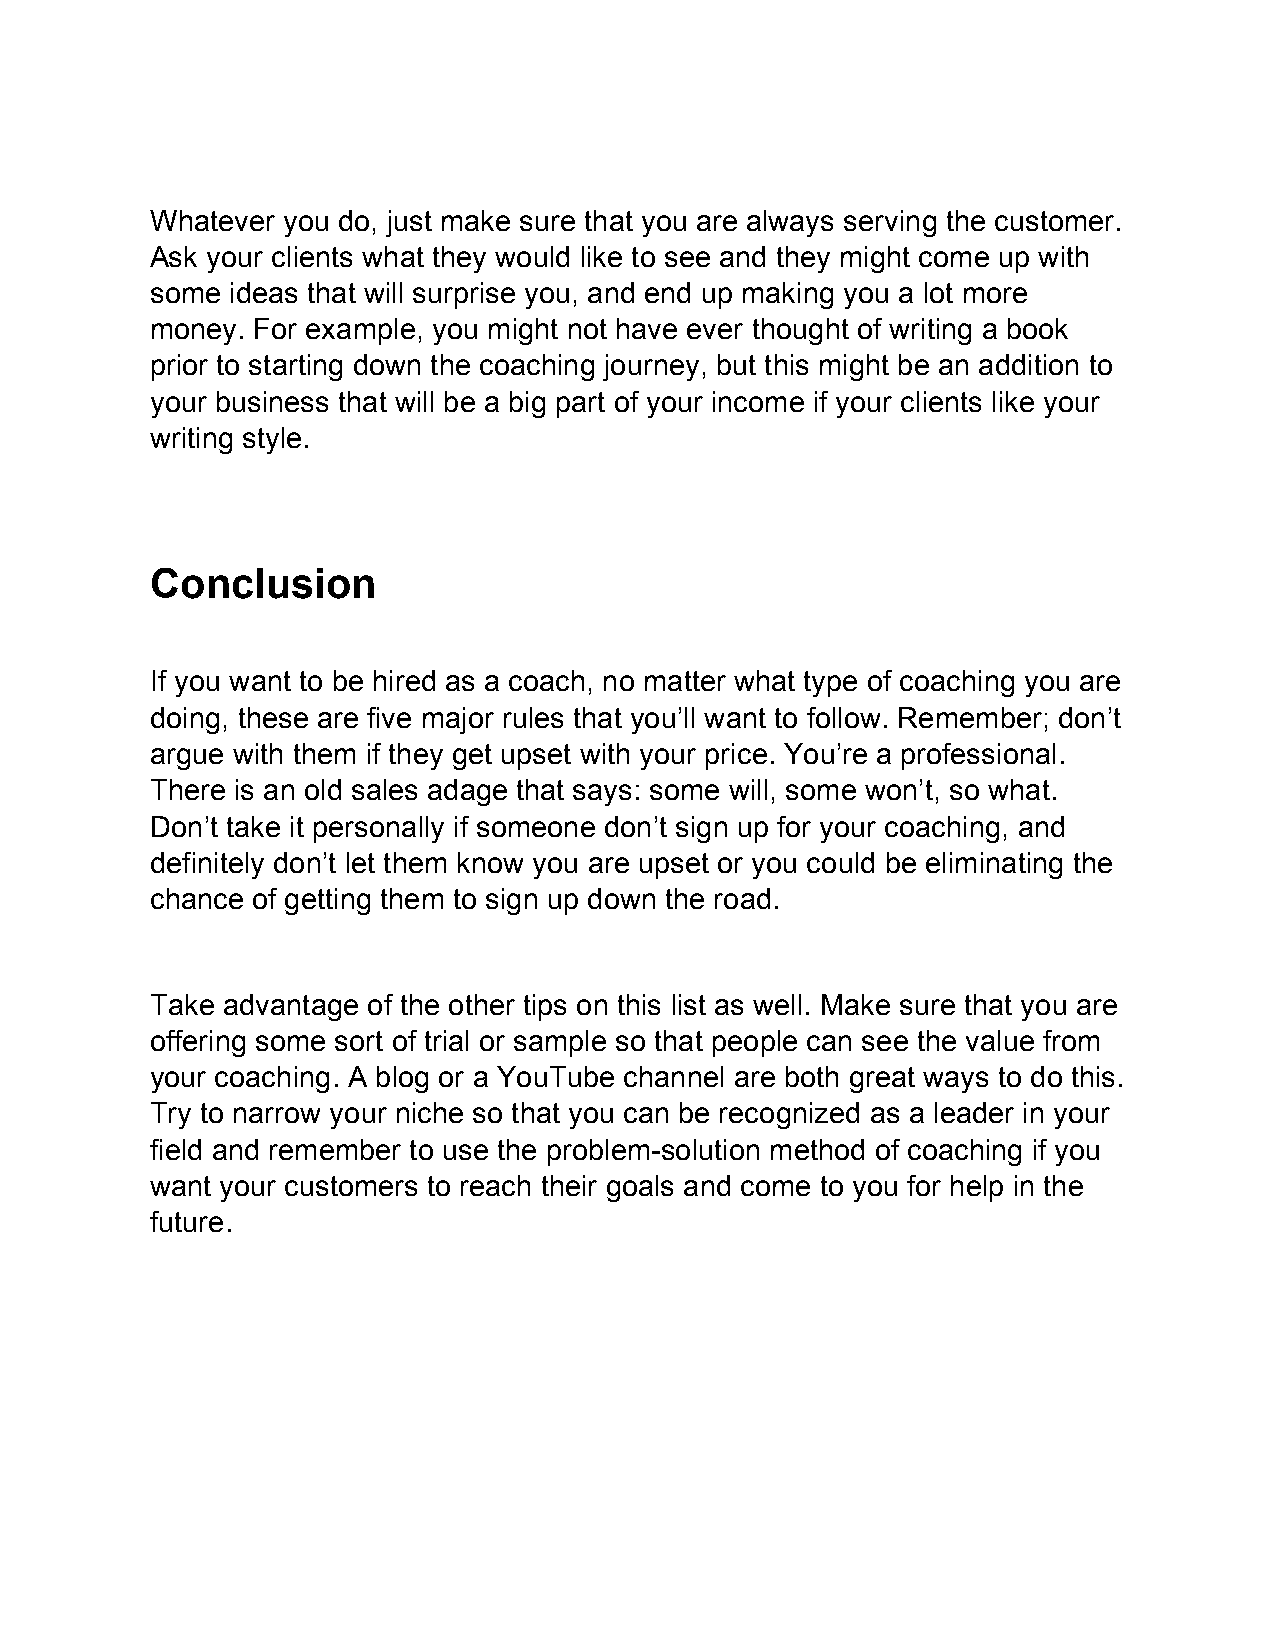
Whatever you do, just make sure that you are always serving the customer.
 Ask your clients what they would like to see and they might come up with
 some ideas that will surprise you, and end up making you a lot more
 money. For example, you might not have ever thought of writing a book
 prior to starting down the coaching journey, but this might be an addition to
 your business that will be a big part of your income if your clients like your
 writing style.
 Conclusion
 If you want to be hired as a coach, no matter what type of coaching you are
 doing, these are five major rules that you’ll want to follow. Remember; don’t
 argue with them if they get upset with your price. You’re a professional.
 There is an old sales adage that says: some will, some won’t, so what.
 Don’t take it personally if someone don’t sign up for your coaching, and
 definitely don’t let them know you are upset or you could be eliminating the
 chance of getting them to sign up down the road.
 Take advantage of the other tips on this list as well. Make sure that you are
 offering some sort of trial or sample so that people can see the value from
 your coaching. A blog or a YouTube channel are both great ways to do this.
 Try to narrow your niche so that you can be recognized as a leader in your
 field and remember to use the problem-solution method of coaching if you
 want your customers to reach their goals and come to you for help in the
 future.